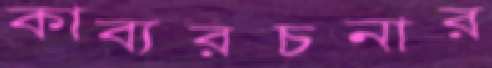
কাব্যরচনার